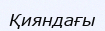
Қияндағы